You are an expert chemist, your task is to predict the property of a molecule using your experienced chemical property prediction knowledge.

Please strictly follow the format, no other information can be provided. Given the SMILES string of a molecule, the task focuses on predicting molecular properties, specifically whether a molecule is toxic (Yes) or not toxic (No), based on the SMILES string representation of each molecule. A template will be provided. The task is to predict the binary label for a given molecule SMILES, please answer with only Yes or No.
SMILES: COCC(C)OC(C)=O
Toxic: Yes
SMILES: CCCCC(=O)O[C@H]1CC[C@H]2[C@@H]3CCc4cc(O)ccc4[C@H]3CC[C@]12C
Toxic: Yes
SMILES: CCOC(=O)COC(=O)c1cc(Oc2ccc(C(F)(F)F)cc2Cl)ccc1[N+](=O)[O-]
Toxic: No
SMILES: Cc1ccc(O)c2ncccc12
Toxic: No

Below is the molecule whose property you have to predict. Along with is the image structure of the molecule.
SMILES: Cc1ccccc1OCC(O)CNCCOc1ccc(C(N)=O)cc1
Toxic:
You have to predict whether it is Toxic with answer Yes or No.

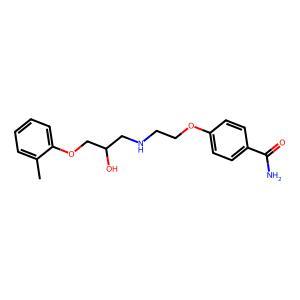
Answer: No